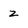
Character: z